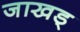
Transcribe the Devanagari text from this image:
जाखड्